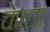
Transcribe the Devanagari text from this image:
चेपला